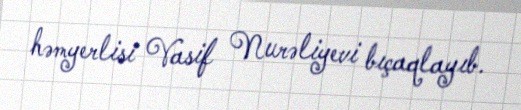
həmyerlisi Vasif Nurəliyevi bıçaqlayıb.